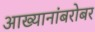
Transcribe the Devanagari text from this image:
आख्यानांबरोबर